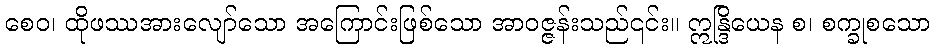
စေဝ၊ ထိုဖဿအားလျော်သော အကြောင်းဖြစ်သော အာဝဇ္ဇန်းသည်၎င်း။ ဣန္ဒြိယေန စ၊ စက္ခုစသော